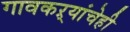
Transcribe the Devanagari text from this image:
गावकऱ्यांचेही